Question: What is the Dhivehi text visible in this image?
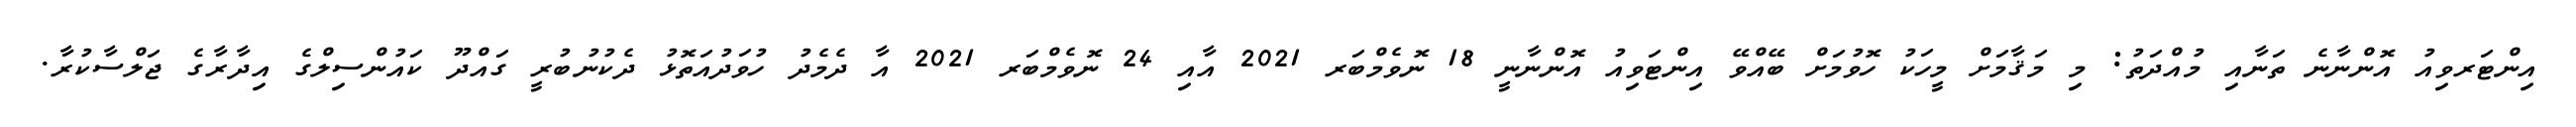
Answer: އިންޓަރވިއު އޮންނާނެ ތަނާއި މުއްދަތު: މި މަޤާމަށް މީހަކު ހޮވުމަށް ބޭއްވޭ އިންޓަވިއު އޮންނާނީ 18 ނޮވެމްބަރ 2021 އާއި 24 ނޮވެމްބަރ 2021 އާ ދެމެދު ހުވަދުއަތޮޅު ދެކުނުބުރީ ގައްދޫ ކައުންސިލްގެ އިދާރާގެ ޖަލްސާކުރާ.